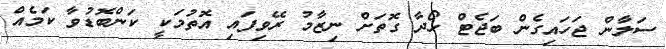
ސަލާން ޖަހައިގެން ބަޖެޓް ހޯދާ ގޮތަށް ނިޒާމު ރޭވިފައި އޮތުމަކީ ކަންބޮޑުވާ ކަމެއް